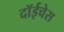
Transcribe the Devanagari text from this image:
दॉईचेस